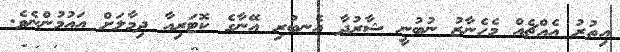
އިތުރު އެއްޗެއް މެހެނާޒު ނުބުނީ ޝާރުދާ އެނބުރި އޭނާގެ ކޮޓަރިއާ ދިމާލަށް އައުމުންނެވެ.